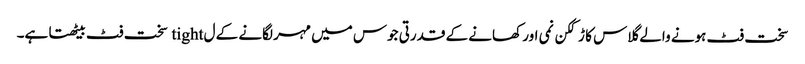
سخت فٹ ہونے والے گلاس کا ڑککن نمی اور کھانے کے قدرتی جوس میں مہر لگانے کے ل tight سخت فٹ بیٹھتا ہے۔